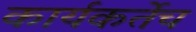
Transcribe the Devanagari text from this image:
कार्यकर्तेच